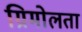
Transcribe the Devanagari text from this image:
ग्रिमोलता